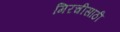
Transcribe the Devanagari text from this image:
मिरचीसाठी